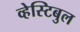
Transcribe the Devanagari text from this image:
व्हेस्टिबुल